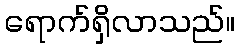
ရောက်ရှိလာသည်။